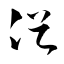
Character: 俗